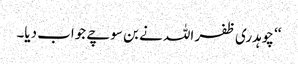
‘‘ چوہدری ظفر اللہ نے بن سوچے جواب دیا۔